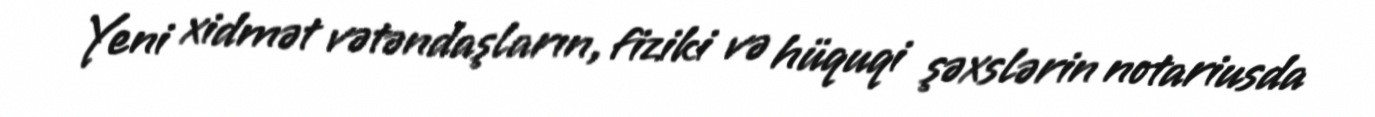
Yeni xidmət vətəndaşların, fiziki və hüquqi şəxslərin notariusda